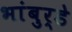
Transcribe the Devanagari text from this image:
भांबुर्डे